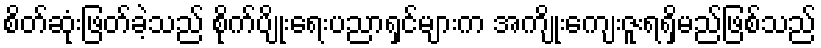
စိတ်ဆုံးဖြတ်ခဲ့သည် စိုက်ပျိုးရေးပညာရှင်များက အကျိုးကျေးဇူးရရှိမည်ဖြစ်သည်